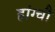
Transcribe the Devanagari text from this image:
हांग्चौ